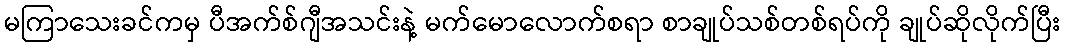
မကြာသေးခင်ကမှ ပီအက်စ်ဂျီအသင်းနဲ့ မက်မောလောက်စရာ စာချုပ်သစ်တစ်ရပ်ကို ချုပ်ဆိုလိုက်ပြီး